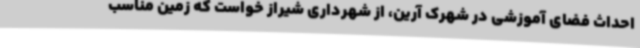
احداث فضای آموزشی در شهرک آرین، از شهرداری شیراز خواست که زمین مناسب